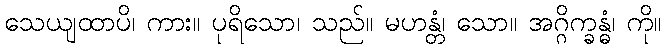
သေယျထာပိ၊ ကား။ ပုရိသော၊ သည်။ မဟန္တံ၊ သော။ အဂ္ဂိက္ခန္ဓံ၊ ကို။